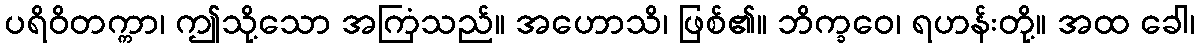
ပရိဝိတက္ကာ၊ ဤသို့သော အကြံသည်။ အဟောသိ၊ ဖြစ်၏။ ဘိက္ခဝေ၊ ရဟန်းတို့။ အထ ခေါ၊